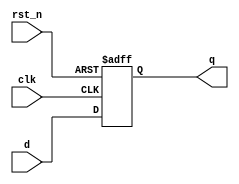
module synchronous_register (
    input wire clk,          // Clock input
    input wire rst_n,       // Active-low reset
    input wire [7:0] d,     // Data input
    output reg [7:0] q      // Data output (register)
);

// Always block sensitive to the rising edge of the clock and the active-low reset
always @(posedge clk or negedge rst_n) begin
    if (!rst_n) begin
        // Asynchronous reset: clear the register
        q <= 8'b0;          // Reset the output to 0
    end else begin
        // On clock edge, update the register with the input data
        q <= d;            // Non-blocking assignment to update the register
    end
end

endmodule